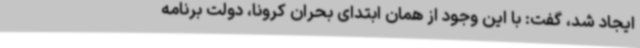
ایجاد شد، گفت: با این وجود از همان ابتدای بحران کرونا، دولت برنامه